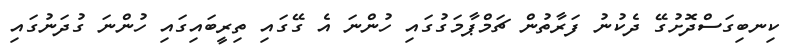
ކިނބިގަސްދޮށުގޭ ދެކުނު ފަރާތުން ޗަމްޕާމަގުގައި ހުންނަ އެ ގޭގައި ތިރީބައިގައި ހުންނަ ގުދަނުގައި